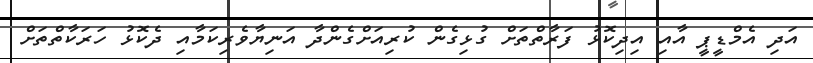
އަދި އެމްޑީޕީ އާއި އިދިކޮޅު ފަރާތްތަށް ގުޅިގެން ކުރިއަށްގެންދާ އަނިޔާވެރިކަމާއި ދެކޮޅު ހަރަކާތްތަށް